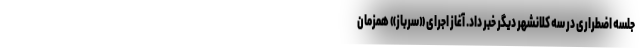
جلسه اضطراری در سه کلانشهر دیگر خبر داد. آغاز اجرای «سرباز» همزمان